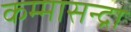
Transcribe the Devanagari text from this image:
कम्मासन्द्रा